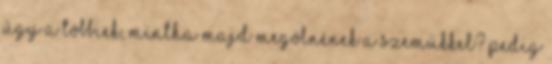
úgy a többiek, mintha majd megölnének a szemükkel? Pedig